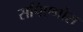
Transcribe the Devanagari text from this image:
सपिएगोस